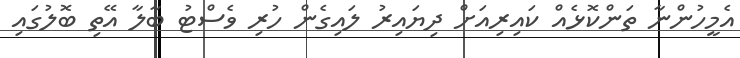
އެމީހުންނާ ތަންކޮޅެއް ކައިރިއަށް ދިޔައިރު ލައިގެން ހުރި ވެސްޓު ބާލާ އޭތި ބޮލުގައި